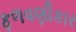
ફળવણીકાર